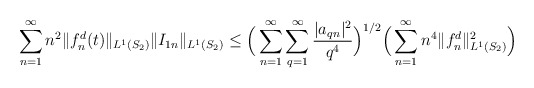
\begin{align*}\sum_{n=1}^{\infty}n^2\Vert f_n^d(t) \Vert_{L^1(S_2)}\Vert I_{1n} \Vert_{L^1(S_2)}\leq \Big(\sum_{n=1}^{\infty}\sum_{q=1}^{\infty}\dfrac{\vert a_{qn} \vert^2}{q^4}\Big)^{1/2}\Big(\sum_{n=1}^{\infty}n^4\Vert f_n^d \Vert_{L^1(S_2)}^2\Big)\end{align*}